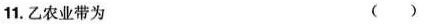
11.乙农业带为 ( )